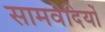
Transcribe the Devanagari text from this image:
सामवेदियों